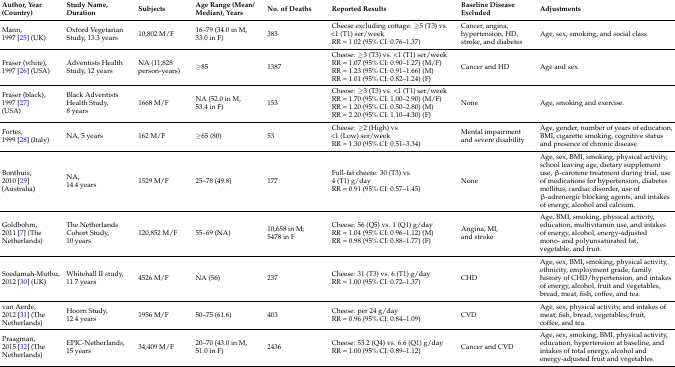
<table><thead><tr><td><b>Author, Year (Country)</b></td><td><b>Study Name, Duration</b></td><td><b>Subjects</b></td><td><b>Age Range (Mean/Median), Years</b></td><td><b>No. of Deaths</b></td><td><b>Reported Results</b></td><td><b>Baseline Disease Excluded</b></td><td><b>Adjustments</b></td></tr></thead><tbody><tr><td>Mann, 1997 [25] (UK)</td><td>Oxford Vegetarian Study, 13.3 years</td><td>10,802 M/F</td><td>16–79 (34.0 in M, 33.0 in F)</td><td>383</td><td>Cheese excluding cottage: ≥5 (T3) vs. &lt;1 (T1) ser/weekRR = 1.02 (95% CI: 0.76–1.37)</td><td>Cancer, angina, hypertension, HD, stroke, and diabetes</td><td>Age, sex, smoking, and social class.</td></tr><tr><td>Fraser (white), 1997 [26] (USA)</td><td>Adventists Health Study, 12 years</td><td>NA (11,828 person-years)</td><td>≥85</td><td>1387</td><td>Cheese: ≥3 (T3) vs. &lt;1 (T1) ser/weekRR = 1.07 (95% CI: 0.90–1.27) (M/F)RR = 1.23 (95% CI: 0.91–1.66) (M)RR = 1.01 (95% CI: 0.82–1.24) (F)</td><td>Cancer and HD</td><td>Age and sex.</td></tr><tr><td>Fraser (black), 1997 [27] (USA)</td><td>Black Adventists Health Study, 8 years</td><td>1668 M/F</td><td>NA (52.0 in M, 53.4 in F)</td><td>153</td><td>Cheese: ≥3 (T3) vs. &lt;1 (T1) ser/weekRR = 1.70 (95% CI: 1.00–2.90) (M/F)RR = 1.20 (95% CI: 0.50–2.80) (M)RR = 2.20 (95% CI: 1.10–4.30) (F)</td><td>None</td><td>Age, smoking and exercise.</td></tr><tr><td>Fortes, 1999 [28] (Italy)</td><td>NA, 5 years</td><td>162 M/F</td><td>≥65 (80)</td><td>53</td><td>Cheese: ≥2 (High) vs. &lt;1 (Low) ser/weekRR = 1.30 (95% CI: 0.51–3.34)</td><td>Mental impairment and severe disability</td><td>Age, gender, number of years of education, BMI, cigarette smoking, cognitive status and presence of chronic disease.</td></tr><tr><td>Bonthuis, 2010 [29] (Australia)</td><td>NA, 14.4 years</td><td>1529 M/F</td><td>25–78 (49.8)</td><td>177</td><td>Full-fat cheese: 30 (T3) vs. 4 (T1) g/dayRR = 0.91 (95% CI: 0.57–1.45)</td><td>None</td><td>Age, sex, BMI, smoking, physical activity, school leaving age, dietary supplement use, β-carotene treatment during trial, use of medications for hypertension, diabetes mellitus, cardiac disorder, use of β-adrenergic blocking agents, and intakes of energy, alcohol and calcium.</td></tr><tr><td>Goldbohm, 2011 [7] (The Netherlands)</td><td>The Netherlands Cohort Study, 10 years</td><td>120,852 M/F</td><td>55–69 (NA)</td><td>10,658 in M; 5478 in F</td><td>Cheese: 56 (Q5) vs. 1 (Q1) g/dayRR = 1.04 (95% CI: 0.96–1.12) (M)RR = 0.98 (95% CI: 0.88–1.77) (F)</td><td>Angina, MI, and stroke</td><td>Age, BMI, smoking, physical activity, education, multivitamin use, and intakes of energy, alcohol, energy-adjusted mono- and polyunsaturated fat, vegetable, and fruit.</td></tr><tr><td>Soedamah-Muthu, 2012 [30] (UK)</td><td>Whitehall II study, 11.7 years</td><td>4526 M/F</td><td>NA (56)</td><td>237</td><td>Cheese: 31 (T3) vs. 6 (T1) g/dayRR = 1.00 (95% CI: 0.72–1.37)</td><td>CHD</td><td>Age, sex, BMI, smoking, physical activity, ethnicity, employment grade, family history of CHD/hypertension, and intakes of energy, alcohol, fruit and vegetables, bread, meat, fish, coffee, and tea.</td></tr><tr><td>van Aerde, 2012 [31] (The Netherlands)</td><td>Hoorn Study, 12.4 years</td><td>1956 M/F</td><td>50–75 (61.6)</td><td>403</td><td>Cheese: per 24 g/dayRR = 0.96 (95% CI: 0.84–1.09)</td><td>CVD</td><td>Age, sex, physical activity, and intakes of meat, fish, bread, vegetables, fruit, coffee, and tea.</td></tr><tr><td>Praagman, 2015 [32] (The Netherlands)</td><td>EPIC-Netherlands, 15 years</td><td>34,409 M/F</td><td>20–70 (43.0 in M, 51.0 in F)</td><td>2436</td><td>Cheese: 53.2 (Q4) vs. 6.6 (Q1) g/dayRR = 1.00 (95% CI: 0.89–1.12)</td><td>Cancer and CVD</td><td>Age, sex, smoking, BMI, physical activity, education, hypertension at baseline, and intakes of total energy, alcohol and energy-adjusted fruit and vegetables.</td></tr></tbody></table>